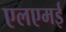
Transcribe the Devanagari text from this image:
एलएमई